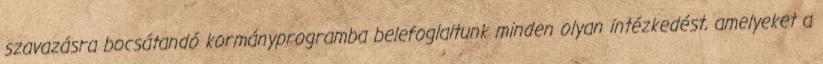
szavazásra bocsátandó kormányprogramba belefoglaltunk minden olyan intézkedést, amelyeket a